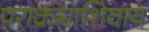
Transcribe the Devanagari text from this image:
पराक्रमाशिवाय